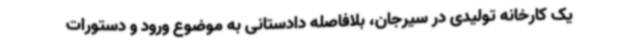
یک کارخانه تولیدی در سیرجان، بلافاصله دادستانی به موضوع ورود و دستورات